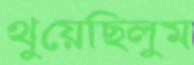
থুয়েছিলুম